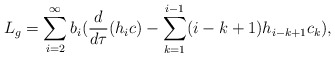
\begin{align*}L_{g}=\sum_{i=2}^{\infty} b_{i}(\frac{d}{d \tau}(h_{i}c)-\sum_{k=1}^{i-1}(i-k+1) h_{i-k+1} c_{k}),\end{align*}